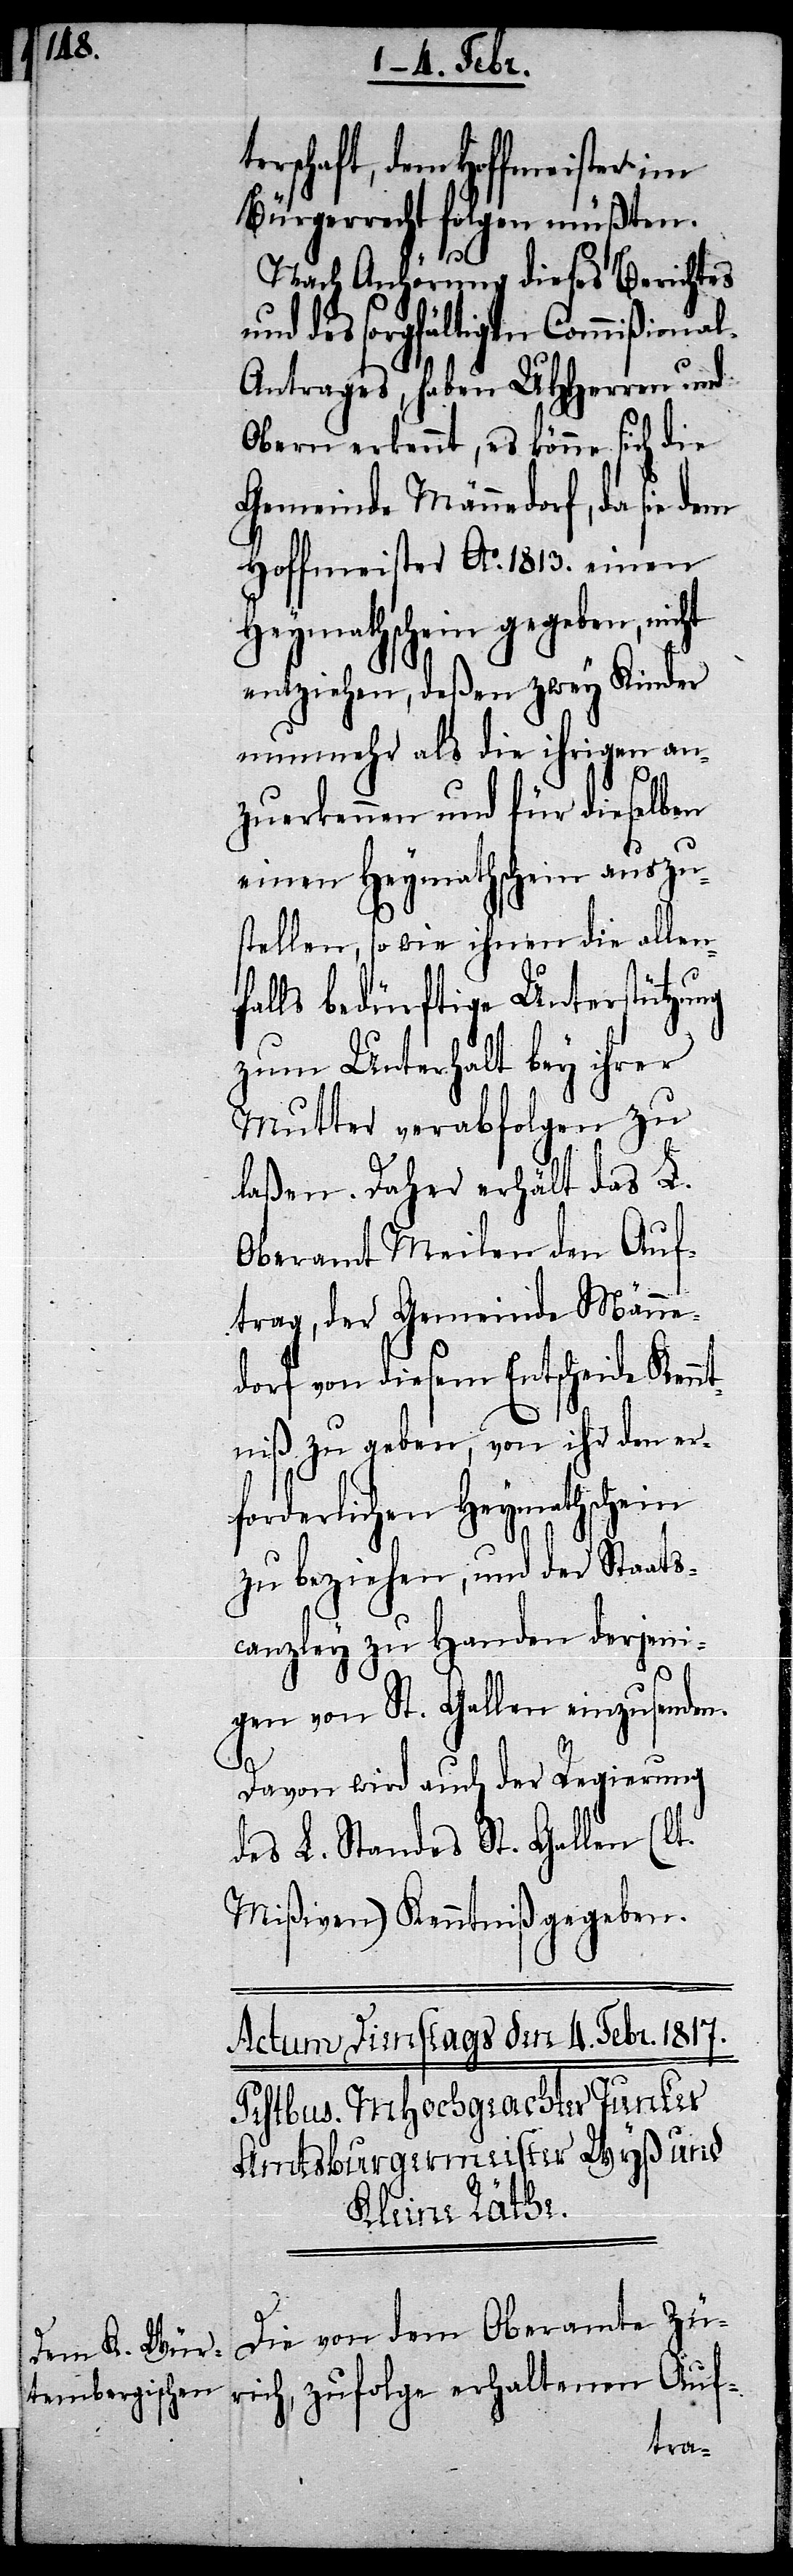
terschaft, dem Hoffmeister im
Bürgerrecht folgen müßten.
Nach Anhörung dieses Berichtes
und des sorgfältigen Commißiona¬
l-Antrages, haben UHHerren und
Obern erkennt, es könne sich die
Gemeinde Männedorf, da sie
Hoffmeister Ao. 1813. einen
Heymathschein gegeben, nicht
entziehen, deßen zwey Kinder
nunmehr als die ihrigen an¬
zuerkennen und für dieselben
einen Heymathschein auszu¬
stellen, so wie ihnen die allen¬
falls bedürftige Unterstützung
zum Unterhalt bey ihrer
Mutter verabfolgen zu
laßen. Daher erhält das L.
Oberamt Meilen den Auf¬
trag, der Gemeinde Männe¬
dorf von diesem Entscheide Kennt¬
niß zu geben, von ihr den er¬
forderlichen Heymathschein
zu beziehen, und der Staats¬
canzley zu Handen derjeni¬
gen von St. Gallen einzusenden.
Davon wird auch der Regierung
des L. Standes St. Gallen (lt.
Mißiven) Kenntniß gegeben.
Die von dem Oberamte Zü¬
rich, zufolge erhaltenen Auf-